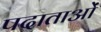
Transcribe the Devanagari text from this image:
पदाताओं